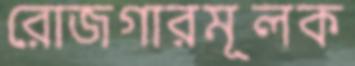
রোজগারমূলক